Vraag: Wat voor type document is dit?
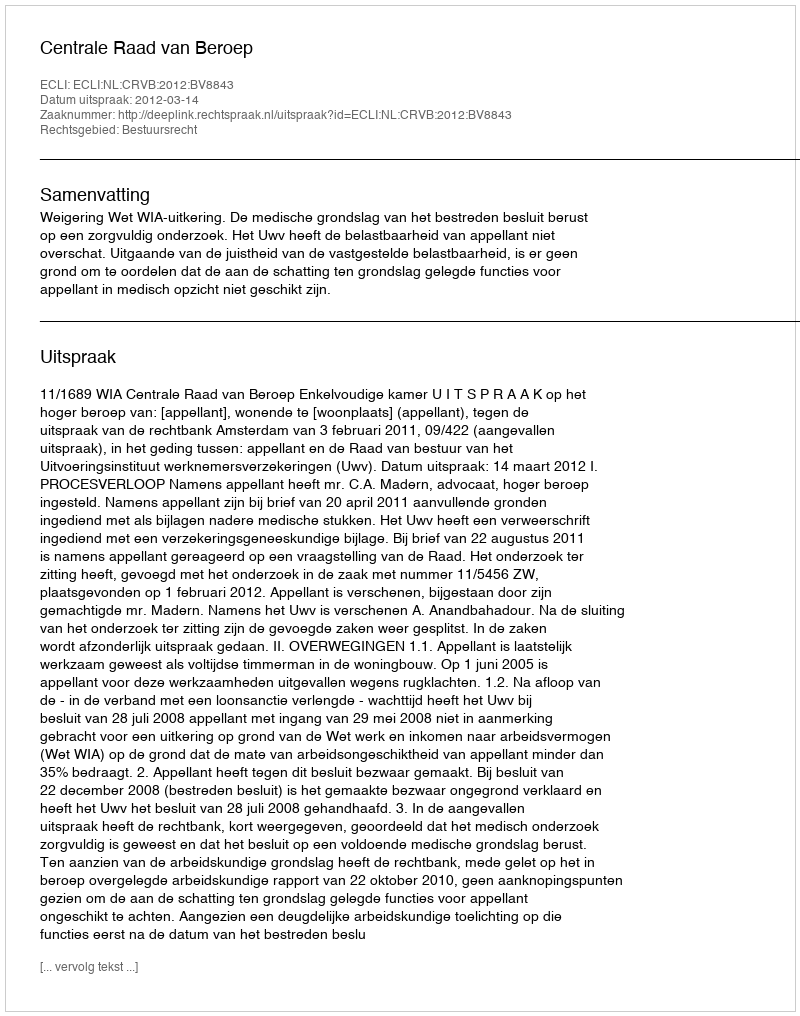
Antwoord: Uitspraak